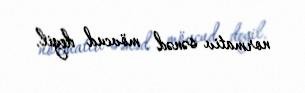
normativ sənəd mövcud deyil.